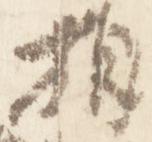
相